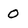
Character: 0